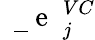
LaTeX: \mathrm{~\mathbf~\underline{~}{~e~}~}_{j}^{VC}